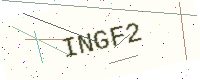
Text: INGF2